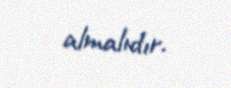
almalıdır.